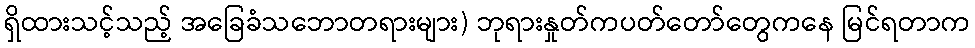
ရှိထားသင့်သည့် အခြေခံသဘောတရားများ) ဘုရားနှုတ်ကပတ်တော်တွေကနေ မြင်ရတာက